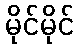
မိုင်မိုင်